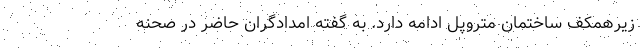
زیرهمکف ساختمان متروپل ادامه دارد. به گفته امدادگران حاضر در صحنه